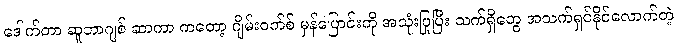
ဒေါက်တာ ဆူဘာဂျစ် ဆာကာ ကတော့ ဂျိမ်းဝက်စ် မှန်ပြောင်းကို အသုံးပြုပြီး သက်ရှိတွေ အသက်ရှင်နိုင်လောက်တဲ့